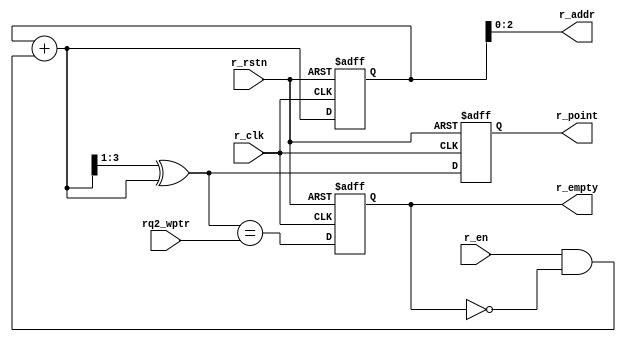
`timescale 1ns / 1ps
//////////////////////////////////////////////////////////////////////////////////
// Company: 
// Engineer: 
// 
// Design Name: 
// Module Name: r_point_empty
// Project Name: 
// Target Devices: 
// Tool Versions: 
// Description: 
// 
// Dependencies: 
// 
// Revision:
// Revision 0.01 - File Created
// Additional Comments:
// 
//////////////////////////////////////////////////////////////////////////////////


module r_point_empty
    #(
        parameter ADDR_WIDTH =3
    )
    (
        input   r_clk, r_rstn, 
        input   r_en, 
        input   [ADDR_WIDTH   :0] rq2_wptr,
        output  [ADDR_WIDTH   :0] r_point,
        output  [ADDR_WIDTH -1:0] r_addr,
        output  r_empty
    );
    
    reg  [ADDR_WIDTH :0] r_binary_reg, r_gray_reg; 
    wire [ADDR_WIDTH :0] r_binary_next, r_gray_next;  
    wire  r_empty_next;
    reg   r_empty_reg;  
    
 //-------------------
 // GRAYSTYLE2 pointer
 //-------------------
    
    always @(posedge r_clk or negedge r_rstn) begin
        if(!r_rstn) begin 
            r_binary_reg <= 0; 
            r_gray_reg   <= 0;
            r_empty_reg  <= 1;
        end else begin 
            r_binary_reg <= r_binary_next; 
            r_gray_reg   <= r_gray_next;
            r_empty_reg  <= r_empty_next;  
        end            
    end 
    // Memory read-address pointer (okay to use binary to address memory)
    assign r_addr        = r_binary_reg[ADDR_WIDTH -1: 0]; 
    assign r_point       = r_gray_reg;
    assign r_empty       = r_empty_reg; 
    
    assign r_binary_next = r_binary_reg + (r_en & ~r_empty_reg);   
    assign r_gray_next   = (r_binary_next >> 1) ^ r_binary_next; 
    assign r_empty_next  = (r_gray_next == rq2_wptr); 
     
endmodule